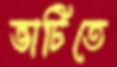
ভাটিতে